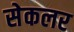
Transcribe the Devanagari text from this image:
सेकलर